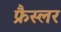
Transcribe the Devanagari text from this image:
फ्रैस्लर